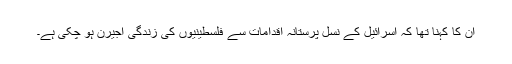
ان کا کہنا تھا کہ اسرائیل کے نسل پرستانہ اقدامات سے فلسطینیوں کی زندگی اجیرن ہو چکی ہے۔